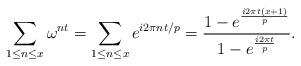
LaTeX: \begin{align*} \sum_{1 \leq n\leq x} \omega^{nt} = \sum_{1 \leq n\leq x} e^{i2\pi nt/p} = \frac{1-e^{\frac{i2\pi t(x+1)}{p}}}{1-e^{\frac{i2\pi t}{p}}} .\end{align*}